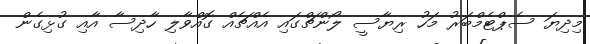
މިދިޔަ ސެޕްޓެމްބަރު މަހު ރިޔާސީ ލޯންޗްގައި އެއްޗެއް ގޮއްވާލި ހާދިސާ އާއި ގުޅިގެން